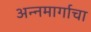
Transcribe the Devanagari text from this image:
अन्नमार्गाचा